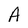
Character: A